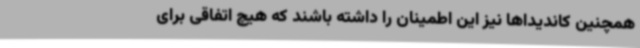
همچنین کاندیداها نیز این اطمینان را داشته باشند که هیچ اتفاقی برای